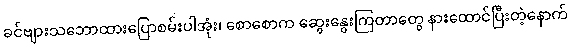
ခင်ဗျားသဘောထားပြောစမ်းပါအုံး၊ စောစောက ဆွေးနွေးကြတာတွေ နားထောင်ပြီးတဲ့နောက်